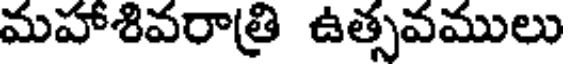
మహాశివరాత్రి ఉత్సవములు